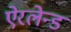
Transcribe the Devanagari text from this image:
ऐरलेन्ड